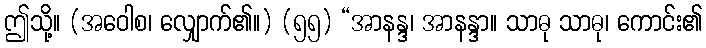
ဤသို့။ (အဝေါစ၊ လျှောက်၏။) (၅၅) “အာနန္ဒ၊ အာနန္ဒာ။ သာဓု သာဓု၊ ကောင်း၏